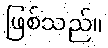
ဖြစ်သည်။